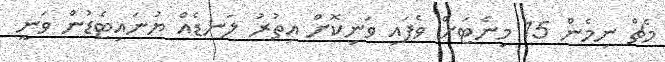
މެޗް ނިމެން 15 މިނެޓަށް ވެފައި ވަނިކޮށް އިތުރު ލަނޑެއް ޔުނައިޓެޑުން ވަނީ